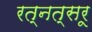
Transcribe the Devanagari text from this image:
रत्नत्सरू